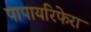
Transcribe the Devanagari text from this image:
पापायरिफेरा